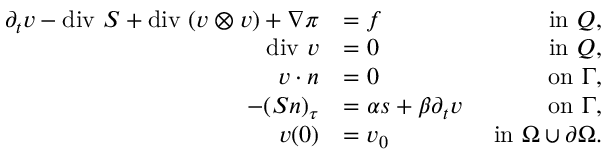
\begin{array} { r l r } { \partial _ { t } \boldsymbol { v } - \mathrm { d i v } \ \boldsymbol { S } + \mathrm { d i v } \ ( \boldsymbol { v } \otimes \boldsymbol { v } ) + \nabla \pi } & { = \boldsymbol { f } } & { \mathrm { ~ i n ~ } Q , } \\ { \mathrm { d i v } \ \boldsymbol { v } } & { = 0 } & { \mathrm { ~ i n ~ } Q , } \\ { \boldsymbol { v } \cdot \boldsymbol { n } } & { = 0 } & { \mathrm { ~ o n ~ } \Gamma , } \\ { - ( \boldsymbol { S n } ) _ { \tau } } & { = \alpha \boldsymbol { s } + \beta \partial _ { t } \boldsymbol { v } } & { \mathrm { ~ o n ~ } \Gamma , } \\ { \boldsymbol { v } ( 0 ) } & { = \boldsymbol { v } _ { 0 } } & { \mathrm { ~ i n ~ } \Omega \cup \partial \Omega . } \end{array}